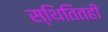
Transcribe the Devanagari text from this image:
स्थितितही